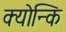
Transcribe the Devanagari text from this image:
क्योन्कि